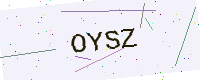
Text: OYSZ